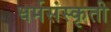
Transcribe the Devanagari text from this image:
धर्मसंस्कृती